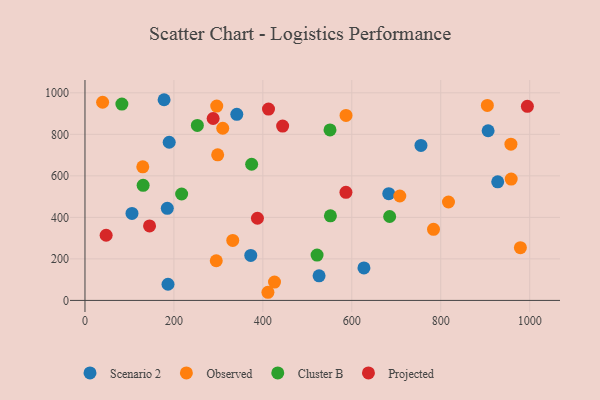
{"axis": {"x": "Speed", "y": "Sales"}, "legend": ["Cluster B", "Observed", "Projected", "Scenario 2"], "data": [{"x": "906.5", "y": 817.1, "type": "Scenario 2"}, {"x": "755.5", "y": 746.7, "type": "Scenario 2"}, {"x": "372.8", "y": 216.7, "type": "Scenario 2"}, {"x": "186.7", "y": 77.9, "type": "Scenario 2"}, {"x": "627.3", "y": 156.7, "type": "Scenario 2"}, {"x": "105.7", "y": 418.9, "type": "Scenario 2"}, {"x": "683.1", "y": 514.1, "type": "Scenario 2"}, {"x": "341.4", "y": 896.1, "type": "Scenario 2"}, {"x": "185.1", "y": 443.6, "type": "Scenario 2"}, {"x": "177.9", "y": 966.6, "type": "Scenario 2"}, {"x": "928.1", "y": 571.4, "type": "Scenario 2"}, {"x": "526.4", "y": 118.3, "type": "Scenario 2"}, {"x": "189.4", "y": 761.8, "type": "Scenario 2"}, {"x": "295.2", "y": 191.1, "type": "Observed"}, {"x": "587.0", "y": 891.1, "type": "Observed"}, {"x": "309.8", "y": 829.2, "type": "Observed"}, {"x": "296.3", "y": 935.9, "type": "Observed"}, {"x": "904.8", "y": 939.3, "type": "Observed"}, {"x": "707.9", "y": 502.9, "type": "Observed"}, {"x": "979.1", "y": 253.8, "type": "Observed"}, {"x": "411.4", "y": 39.2, "type": "Observed"}, {"x": "332.3", "y": 288.7, "type": "Observed"}, {"x": "39.7", "y": 954.4, "type": "Observed"}, {"x": "426.2", "y": 88.4, "type": "Observed"}, {"x": "783.7", "y": 342.3, "type": "Observed"}, {"x": "957.8", "y": 752.4, "type": "Observed"}, {"x": "298.4", "y": 701.2, "type": "Observed"}, {"x": "130.0", "y": 643.4, "type": "Observed"}, {"x": "817.4", "y": 473.9, "type": "Observed"}, {"x": "958.4", "y": 584.6, "type": "Observed"}, {"x": "252.7", "y": 842.6, "type": "Cluster B"}, {"x": "374.8", "y": 655.9, "type": "Cluster B"}, {"x": "521.9", "y": 218.2, "type": "Cluster B"}, {"x": "83.0", "y": 945.8, "type": "Cluster B"}, {"x": "685.1", "y": 404.2, "type": "Cluster B"}, {"x": "551.0", "y": 821.1, "type": "Cluster B"}, {"x": "551.9", "y": 407.4, "type": "Cluster B"}, {"x": "130.8", "y": 554.1, "type": "Cluster B"}, {"x": "217.4", "y": 512.6, "type": "Cluster B"}, {"x": "444.5", "y": 839.9, "type": "Projected"}, {"x": "387.8", "y": 395.8, "type": "Projected"}, {"x": "47.6", "y": 313.9, "type": "Projected"}, {"x": "412.7", "y": 921.6, "type": "Projected"}, {"x": "145.2", "y": 358.8, "type": "Projected"}, {"x": "994.8", "y": 935.0, "type": "Projected"}, {"x": "586.8", "y": 520.5, "type": "Projected"}, {"x": "288.2", "y": 876.1, "type": "Projected"}]}